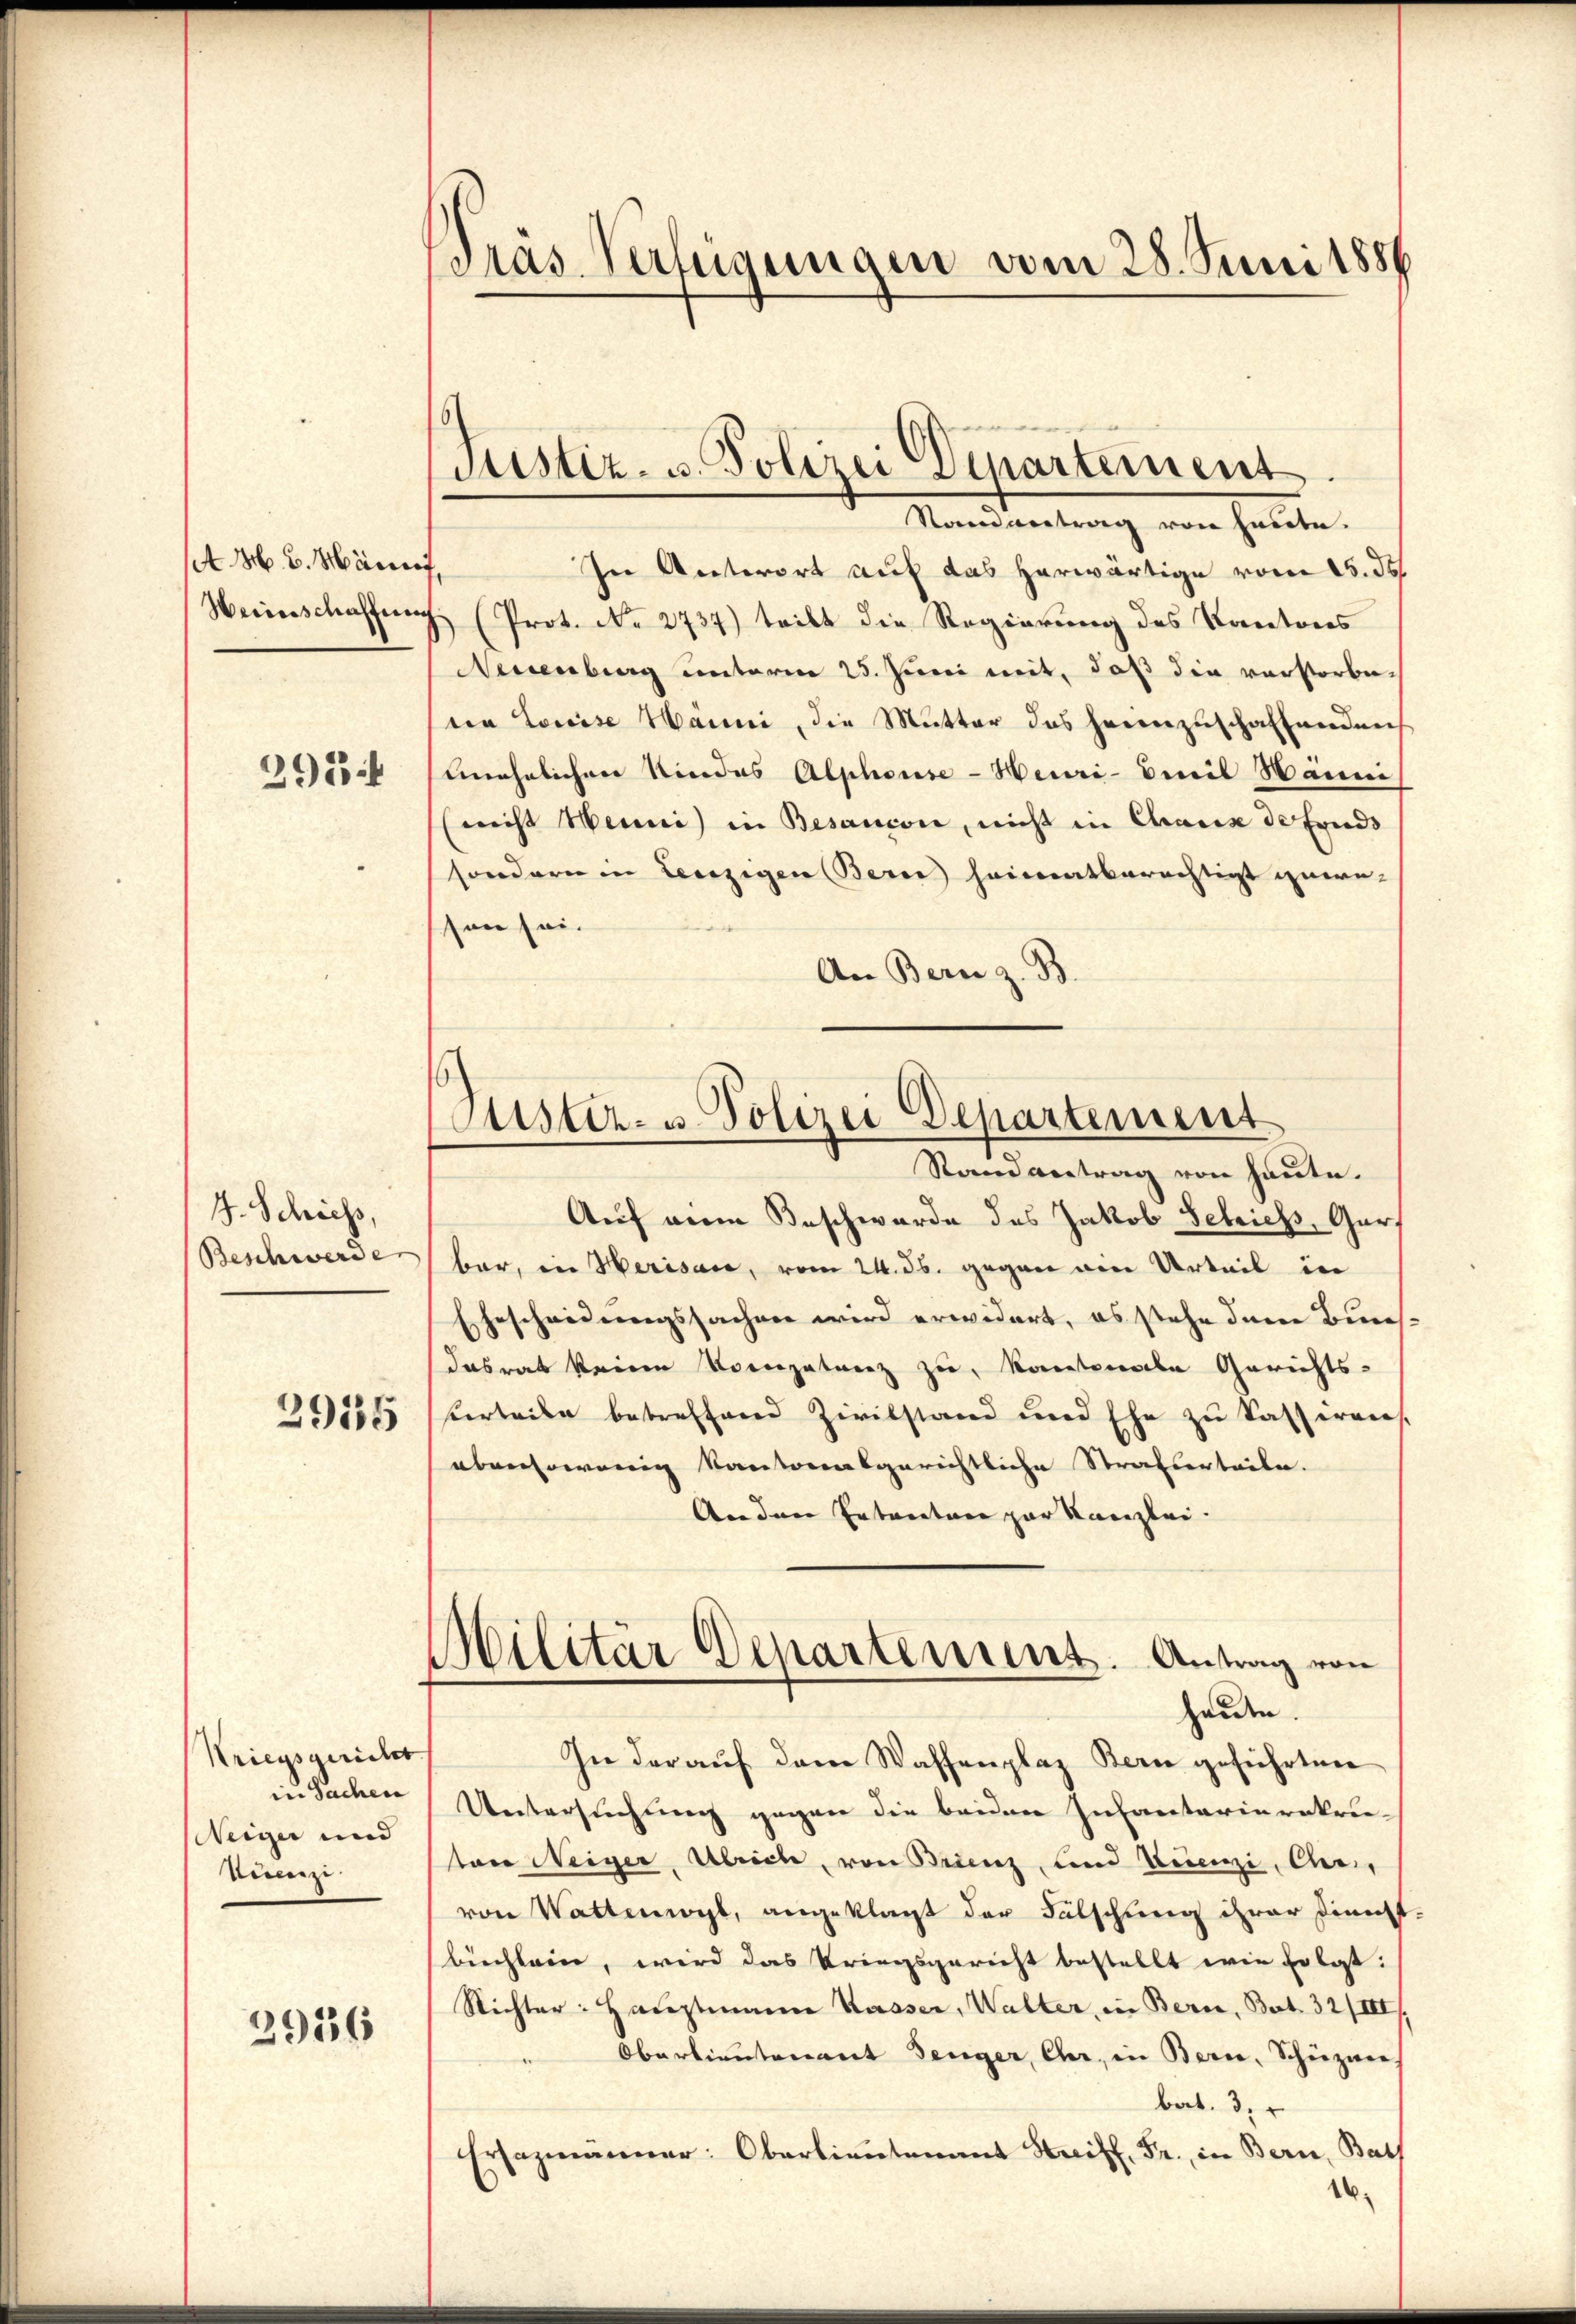
st M. v. März
Weinschaffen
295

J. Schiess,
Beschwerde
2915

Kriegsgericht
in Sachen
Neiger und
Tizi

2936

Pras Verfügungen vom 28. Juni 1886

Justiz- u. Polizei Departement

Justiz- u. Polizei Departement
Stand antrag von heute.

Nandvertrag von heute.
f
In Unterort auf das herwärtige vom 15. ds
7 (Prot. No. 2737) teilt die Regierung des Kantons
Neuenburg unterm 25. Juni mit, daß die verstorberia Louise Hänni, die Mutter das heimzuschaffenden
unehelichen Niedes Alphouse - Heuri- Emil Hänni
nicht Henni) in Besançon, nicht in Chaux de fonds
sondern in Lenzigen Bern heimatberechtigt gewe-
son sei.
An Bern z. B.
Auf eine Beschwerde des Jakob Schrieb, Gur
bar, in Herisau, vom 24. ds. gegen den Urteil in
Ehescheidungssachen wird erwidert, es stehe dem Bunsdasrat keine Vorgetanz zu, kantonale Gerichts-
serteile betreffend Zivilstand und Ehe zu kasserens.
abensowenig kantonalgerichtliche Strafverteile.
Andere Ertanten zur Kanzlei.
Militär Departement. Antrag von
henden.
In der auf dem Waffenplaz Bern geführten
Untersuchung gegen die beiden Infantarierekrutare Neiger, Ulrich, von Brienz, und Vicenzi, Chur,
von Wattwyl, angeklagt der Fälschung ihrer Dienst
bichlein, wird das Kriegsgericht bestellt wir folgt:
Richter: Hauptmann Kasser, Walter, in Bern, Bart. 32/III)
Oberlieutenant Senger, Chr. in Bern, Schüzner,
bat. 3.
Ersazäner: Ober
16.